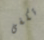
تكفى